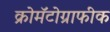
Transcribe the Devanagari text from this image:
क्रोमॅटोग्राफीक